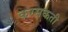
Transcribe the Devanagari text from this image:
करसकती